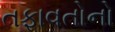
તફાવતોનો